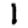
Digit: 1